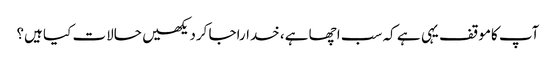
آپ کاموقف یہی ہے کہ سب اچھا ہے، خداراجا کردیکھیں حالات کیا ہیں؟